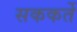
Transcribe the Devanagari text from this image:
सककर्ते